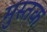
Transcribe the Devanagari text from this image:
मुस्तक